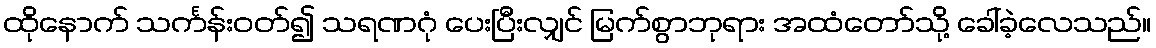
ထိုနောက် သင်္ကန်းဝတ်၍ သရဏဂုံ ပေးပြီးလျှင် မြက်စွာဘုရား အထံတော်သို့ ခေါ်ခဲ့လေသည်။